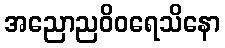
အညောညဝိဝရေသိနော